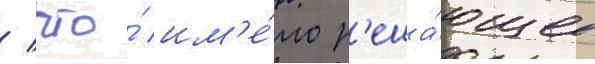
/ что́ им'е́ло р'еша́ющее